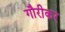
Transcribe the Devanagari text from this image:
गौरीकर